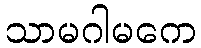
သာမဂါမကေ